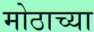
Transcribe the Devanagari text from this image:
मोठाच्या